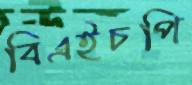
বিএইচপি